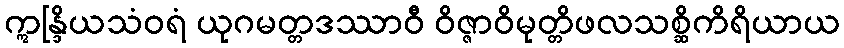
ဣန္ဒြိယသံဝရံ ယုဂမတ္တဒဿာဝီ ဝိဇ္ဇာဝိမုတ္တိဖလသစ္ဆိကိရိယာယ